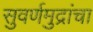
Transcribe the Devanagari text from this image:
सुवर्णमुद्रांचा